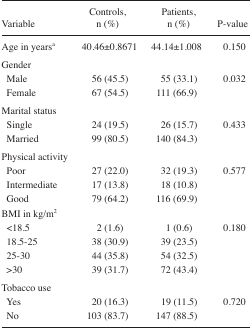
| Variable | Controls, n (%) | Patients, n (%) | P-value |
 | --- | --- | --- | --- |
 | Age in yearsa | 40.46±0.8671 | 44.14±1.008 | 0.150 |
 | <COLSPAN=4> Gender |
 | Male | 56 (45.5) | 55 (33.1) | 0.032 |
 | Female | 67 (54.5) | 111 (66.9) |  |
 | <COLSPAN=4> Marital status |
 | Single | 24 (19.5) | 26 (15.7) | 0.433 |
 | Married | 99 (80.5) | 140 (84.3) |  |
 | <COLSPAN=4> Physical activity |
 | Poor | 27 (22.0) | 32 (19.3) | 0.577 |
 | Intermediate | 17 (13.8) | 18 (10.8) |  |
 | Good | 79 (64.2) | 116 (69.9) |  |
 | <COLSPAN=4> BMI in kg/m2 |
 | <18.5 | 2 (1.6) | 1 (0.6) | 0.180 |
 | 18.5–25 | 38 (30.9) | 39 (23.5) |  |
 | 25–30 | 44 (35.8) | 54 (32.5) |  |
 | >30 | 39 (31.7) | 72 (43.4) |  |
 | <COLSPAN=4> Tobacco use |
 | Yes | 20 (16.3) | 19 (11.5) | 0.720 |
 | No | 103 (83.7) | 147 (88.5) |  |